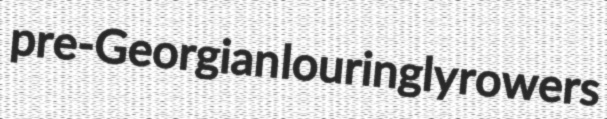
pre-Georgian louringly rowers